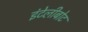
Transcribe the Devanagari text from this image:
इंटेलीबोट